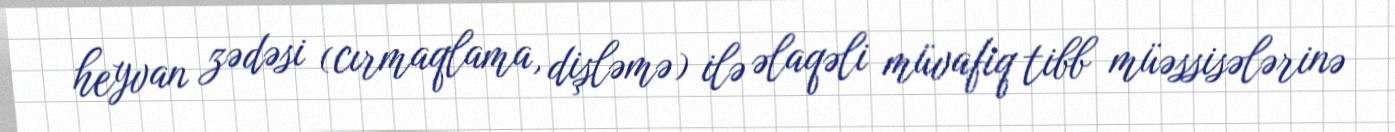
heyvan zədəsi (cırmaqlama, dişləmə) ilə əlaqəli müvafiq tibb müəssisələrinə